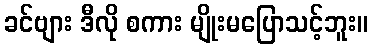
ခင်ဗျား ဒီလို စကား မျိုးမပြောသင့်ဘူး။